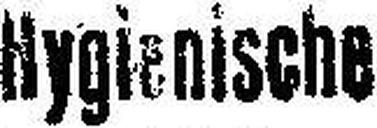
Hygienische